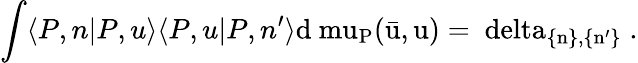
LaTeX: \int\langle P,n|P,u\rangle\langle P,u|P,n^{\prime}\rangle\mathrm{d\ mu_{P}(\bar{u},u)=\ delta_{\{ n\} ,\{ n^{\prime}\} }\; .}